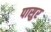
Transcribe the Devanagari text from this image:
पासुर